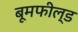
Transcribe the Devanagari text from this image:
बूमफील्ड